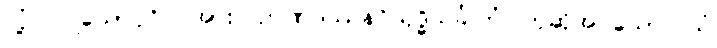
လုံ့လပြုသောပုဂ္ဂိုလ်အား။ ဉာဏဒဿနဝိသုဒ္ဓိသင်္ခါတံ၊ ဟုဆိုအပ်သော။ ယံ